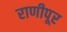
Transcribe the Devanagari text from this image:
राणीपूर